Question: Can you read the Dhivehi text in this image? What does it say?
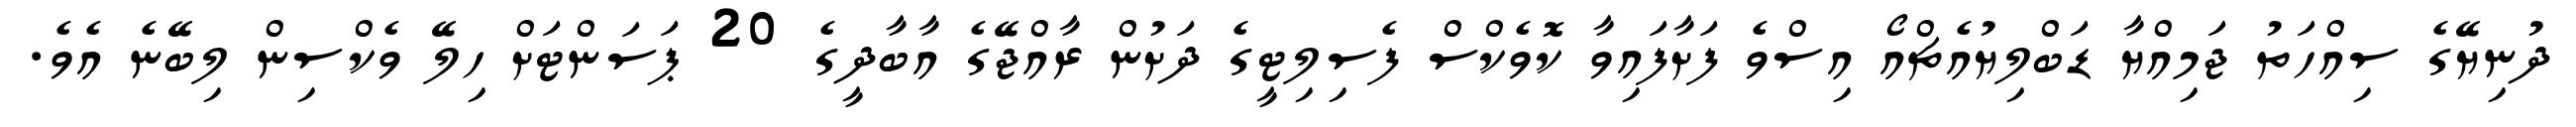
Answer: ދުނިޔޭގެ ސިއްހަތު ޖަމިއްޔާ ޑަބްލިޔުއެޗްއޯ އިސްވެ ފަށާފައިވާ ކޮވެކްސް ފެސިލިޓީގެ ދަށުން ރާއްޖޭގެ އާބާދީގެ 20 ޕަސަންޓަށް ހިލޭ ވެކްސިން ލިބޭނެ އެވެ.